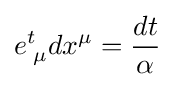
e_{\;\mu }^{t}dx^{\mu }={\frac {dt}{\alpha }}